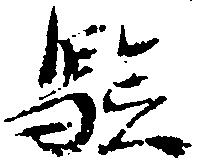
験